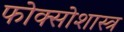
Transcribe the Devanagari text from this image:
फोक्सोशास्त्र